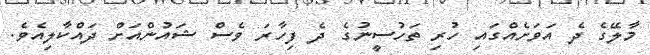
މާލޭގެ ދެ އަވަށެއްގައި ހުރި ތަހުސީނުގެ ދެ ފިހާރަ ވެސް ޝައުންއަށް ދައްކާލިއެވެ.